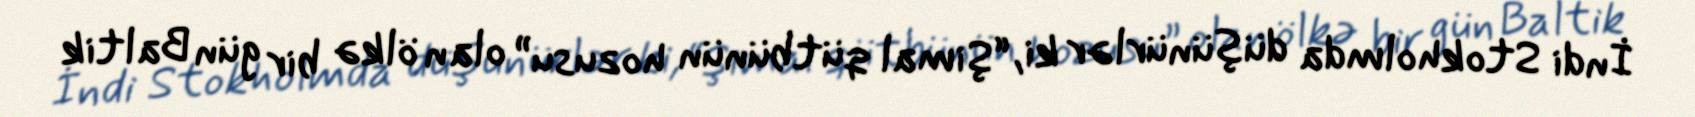
İndi Stokholmda düşünürlər ki, “Şimal qütbünün hozusu” olan ölkə bir gün Baltik